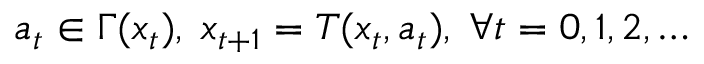
a _ { t } \in \Gamma ( x _ { t } ) , \; x _ { t + 1 } = T ( x _ { t } , a _ { t } ) , \; \forall t = 0 , 1 , 2 , \dots